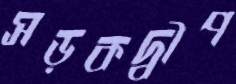
সড়কদ্বীপ